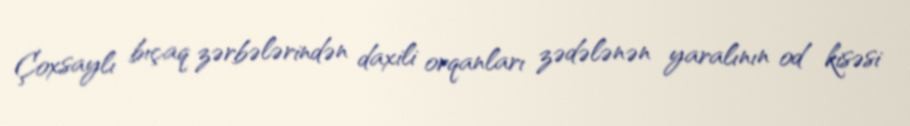
Çoxsaylı bıçaq zərbələrindən daxili orqanları zədələnən yaralının od kisəsi